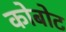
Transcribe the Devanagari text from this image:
कोबोट